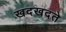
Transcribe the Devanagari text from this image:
खदखदते